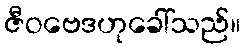
ဇီဝဗေဒဟုခေါ်သည်။